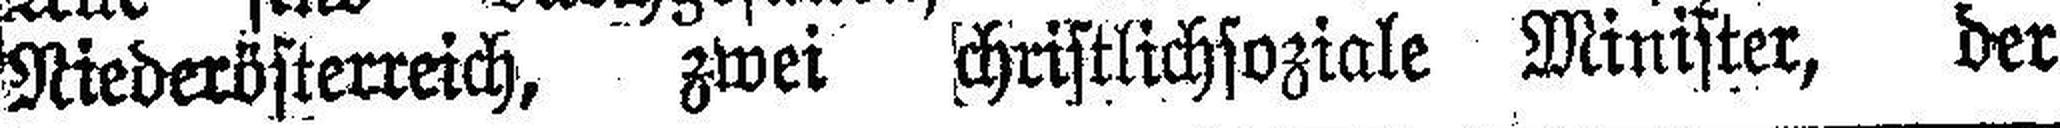
Niederösterreich, zwei christlichsoziale Minister, der